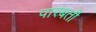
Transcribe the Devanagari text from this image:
पारबती